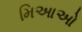
મિઆઓ